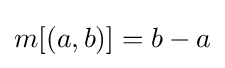
m[(a,b)]=b-a